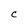
Character: C